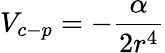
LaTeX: V_{c-p}=-\frac{\alpha}{2r^{4}}